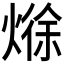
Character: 𪹘